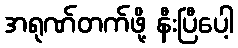
အရုဏ်တက်ဖို့ နီးပြီပေါ့